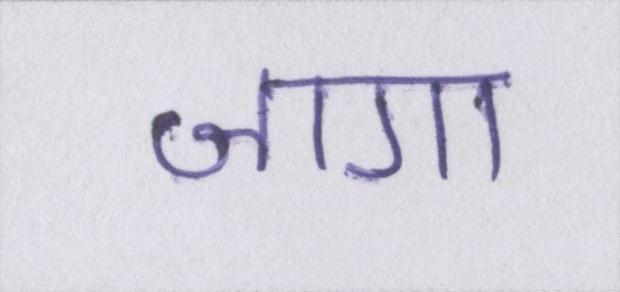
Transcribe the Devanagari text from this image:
जागा